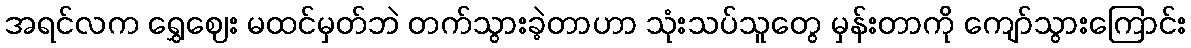
အရင်လက ရွှေဈေး မထင်မှတ်ဘဲ တက်သွားခဲ့တာဟာ သုံးသပ်သူတွေ မှန်းတာကို ကျော်သွားကြောင်း